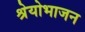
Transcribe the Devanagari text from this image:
श्रेयोभाजन